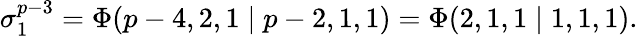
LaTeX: \sigma_{1}^{p-3}=\Phi(p-4,2,1\mid p-2,1,1)=\Phi(2,1,1\mid 1,1,1).